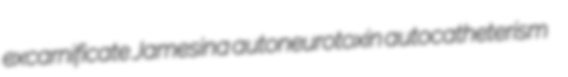
excarnificate Jamesina autoneurotoxin autocatheterism